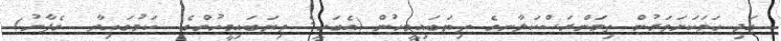
އަދި ހަމަކަށަވަރުން ތިމަންރަސްކަލާނގެ ތިޔަބައިމީހުން (އެބަހީ: ތިޔަބައިމީހުންގެ  ކަމުގައިވާ  ގެފާނު)